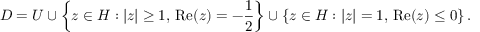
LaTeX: D = U \cup \left\{ z \in H : \left| z \right| \geq 1 , \, { \mathrm { R e } } ( z ) = - { \frac { 1 } { 2 } } \right\} \cup \left\{ z \in H : \left| z \right| = 1 , \, { \mathrm { R e } } ( z ) \leq 0 \right\} .